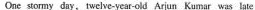
One stormy day, twelve-year-old Arjun Kumar was late